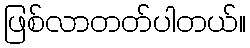
ဖြစ်လာတတ်ပါတယ်။